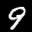
Label: 9